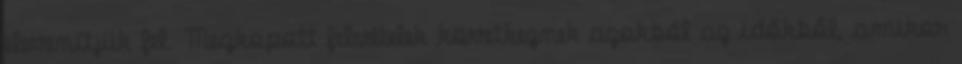
elevenítjük fel. Megkopott felvételek következnek azokból az időkből, amikor